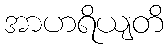
အာဟရိယျတိ